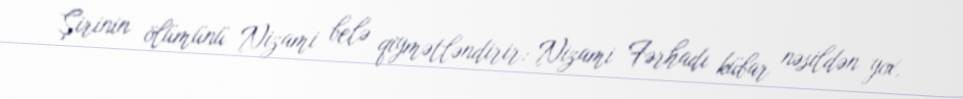
Şirinin ölümünü Nizami belə qiymətləndirir: Nizami Fərhadı kübar nəsildən yox,